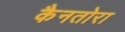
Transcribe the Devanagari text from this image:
कैनतोरा